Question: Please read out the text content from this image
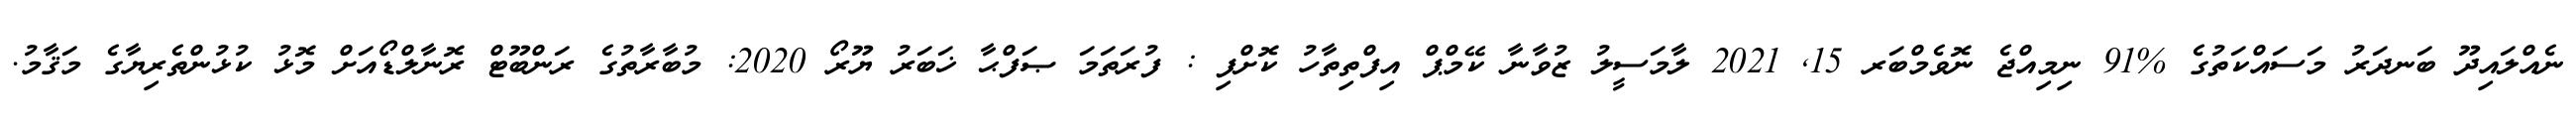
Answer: ނެއްލައިދޫ ބަނދަރު މަސައްކަތުގެ %91 ނިމިއްޖެ ނޮވެމްބަރ 15, 2021 ލާމަސީލު ޒުވާނާ ކޭމްޕް އިފްތިތާހު ކޮށްފި : ފުރަތަމަ ޞަފްޙާ ޚަބަރު ޔޫރޯ 2020: މުބާރާތުގެ ރަންބޫޓް ރޮނާލްޑޯއަށް މޮޅު ކުޅުންތެރިޔާގެ މަޤާމު.